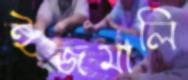
ইজমালি